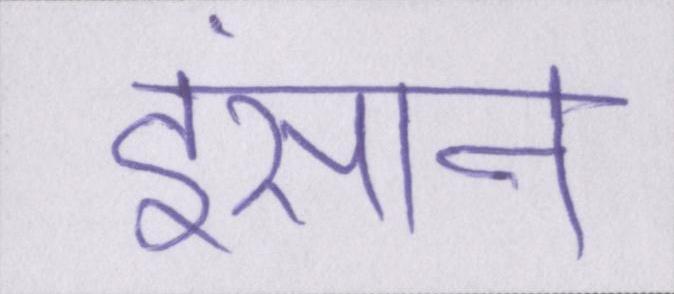
इंसान